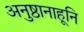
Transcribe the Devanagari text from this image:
अनुष्ठानाहूनि